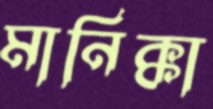
মানিক্কা